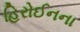
હિરોઈનના